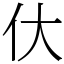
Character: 㐲